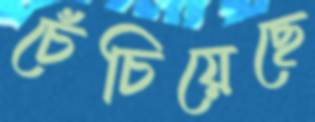
চেঁচিয়েছে